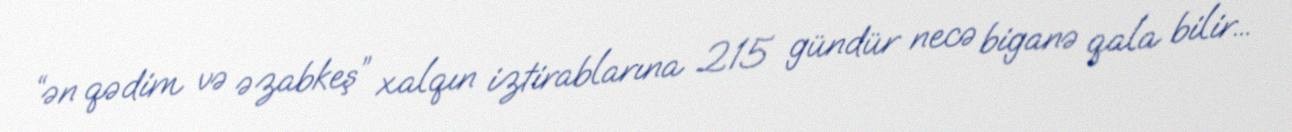
“ən qədim və əzabkeş” xalqın iztirablarına 215 gündür necə biganə qala bilir...